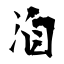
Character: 洎